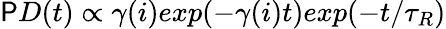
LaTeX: \mathsf{P}D(t)\propto\gamma(i)exp(-\gamma(i)t)exp(-t/\tau_{R})